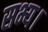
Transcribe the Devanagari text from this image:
सभ्य।